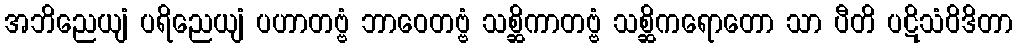
အဘိညေယျံ ပရိညေယျံ ပဟာတဗ္ဗံ ဘာဝေတဗ္ဗံ သစ္ဆိကာတဗ္ဗံ သစ္ဆိကရောတော သာ ပီတိ ပဋိသံဝိဒိတာ